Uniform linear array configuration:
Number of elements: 64
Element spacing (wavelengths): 0.5
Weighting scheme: hamming
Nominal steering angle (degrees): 0
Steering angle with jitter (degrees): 0.6621
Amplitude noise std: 0.05
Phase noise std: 0.05

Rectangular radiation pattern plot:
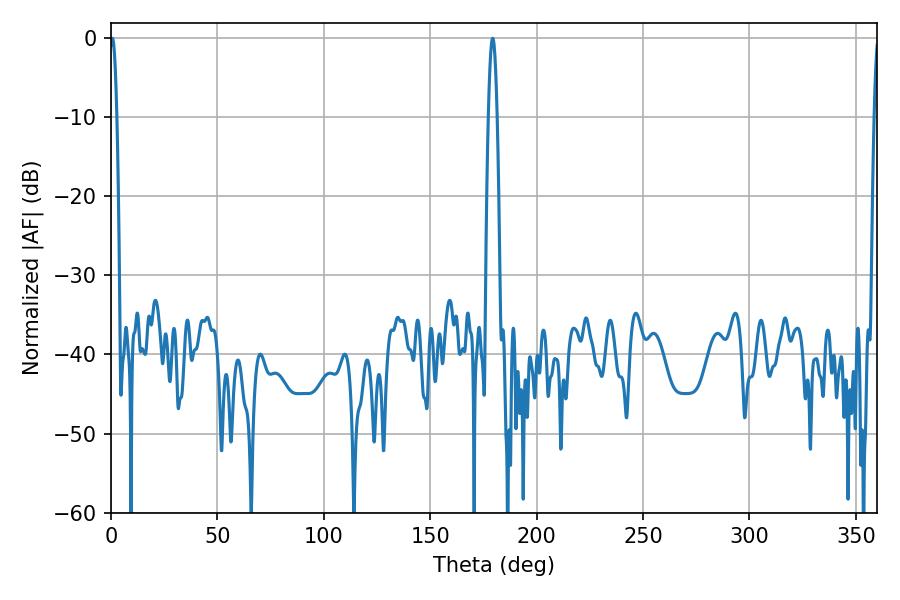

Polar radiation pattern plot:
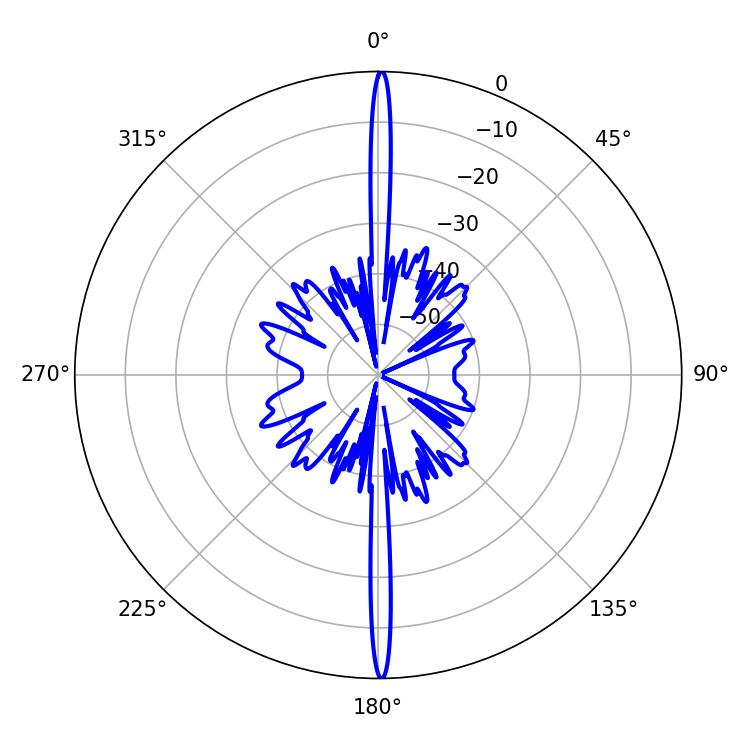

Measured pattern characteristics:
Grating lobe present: FALSE
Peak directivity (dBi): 33.327
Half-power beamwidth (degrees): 2.16
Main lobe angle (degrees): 179.28